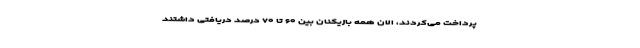
پرداخت می‌کردند، الان همه بازیکنان بین ۶۰ تا ۷۰ درصد دریافتی داشتند